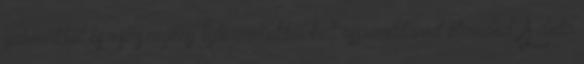
gabonákból és zsírszegény tejtermékekből kell összeállítanod étrended. A diéta